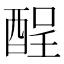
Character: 酲